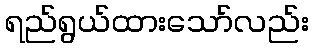
ရည်ရွယ်ထားသော်လည်း